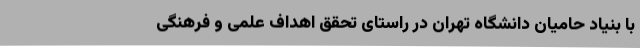
با بنیاد حامیان دانشگاه تهران در راستای تحقق اهداف علمی و فرهنگی